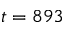
t = 8 9 3